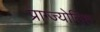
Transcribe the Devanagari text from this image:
प्राग्ज्योतिश